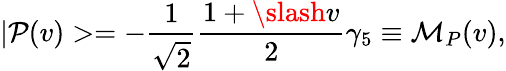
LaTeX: |{\cal P}(v)>=-\frac{1}{\sqrt{2}}\frac{1+\slash{v}}{2}\gamma_{5}\equiv{\cal M}_{P}(v),